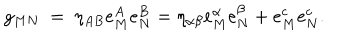
g _ { M N } ~ = ~ \eta _ { A B } e _ { M } ^ { A } e _ { N } ^ { B } = \eta _ { \alpha \beta } e _ { M } ^ { \alpha } e _ { N } ^ { \beta } + e _ { M } ^ { c } e _ { N } ^ { c } .